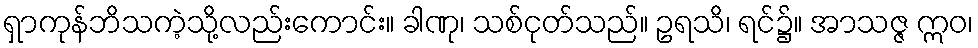
ရှာကုန်ဘိသကဲ့သို့လည်းကောင်း။ ခါဏု၊ သစ်ငုတ်သည်။ ဥရသိ၊ ရင်၌။ အာသဇ္ဇ ဣဝ၊